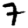
Digit: 7